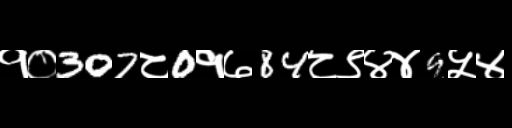
Text: १०307८0१७84८९४४9५४